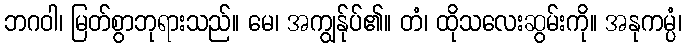
ဘဂဝါ၊ မြတ်စွာဘုရားသည်။ မေ၊ အကျွန်ုပ်၏။ တံ၊ ထိုသလေးဆွမ်းကို။ အနုကမ္ပံ၊